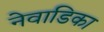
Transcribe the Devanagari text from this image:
नेवाडिका